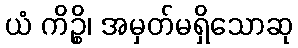
ယံ ကိဉ္စိ၊ အမှတ်မရှိသောဆု